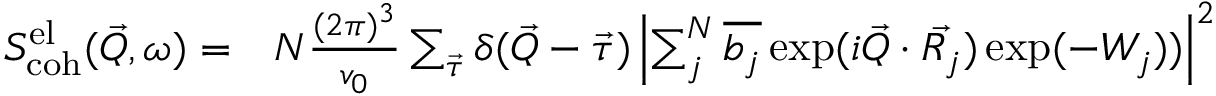
\begin{array} { r l } { S _ { \mathrm { c o h } } ^ { \mathrm { e l } } ( \vec { Q } , \omega ) = } & { N \frac { ( 2 \pi ) ^ { 3 } } { v _ { 0 } } \sum _ { \vec { \tau } } \delta ( \vec { Q } - \vec { \tau } ) \left| \sum _ { j } ^ { N } \overline { { b _ { j } } } \exp ( i \vec { Q } \cdot \vec { R _ { j } } ) \exp ( - W _ { j } ) ) \right| ^ { 2 } } \end{array}